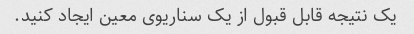
یک نتیجه قابل قبول از یک سناریوی معین ایجاد کنید.